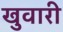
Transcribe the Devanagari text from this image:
खुवारी